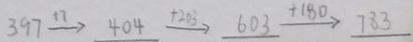
3 9 7 \xrightarrow { + 7 } 4 0 4 \xrightarrow { + 2 0 0 } 6 0 3 \xrightarrow { + 1 8 0 } 7 8 3